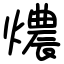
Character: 燶